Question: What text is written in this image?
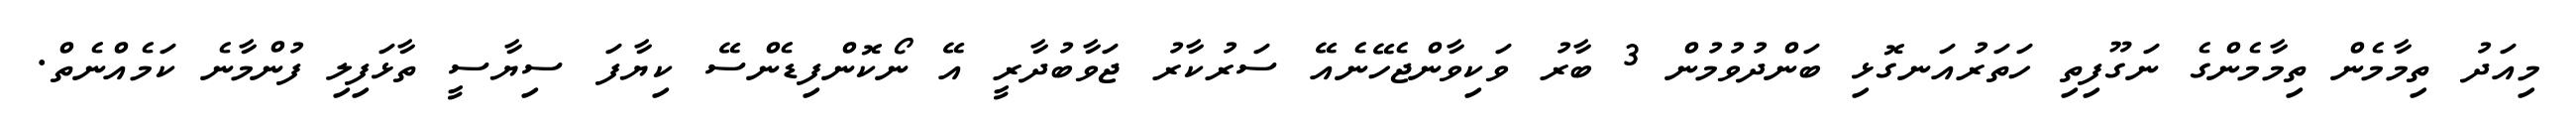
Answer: މިއަދު ތިމާމެން ތިމާމެންގެ ނަގޫފިތި ހަތަރުއަނގޮޅި ބަންދުވުމުން 3 ބާރު ވަކިވާންޖެހޭނެއޭ ސަރުކާރު ޖަވާބުދާރީ އޭ ނޯކޮންފިޑެންސޭ ކިޔާފަ ސިޔާސީ ތާޅަފިލި ފުންމާނެ ކަމެއްނެތް.